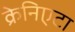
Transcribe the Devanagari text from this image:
क्रेनिएटा